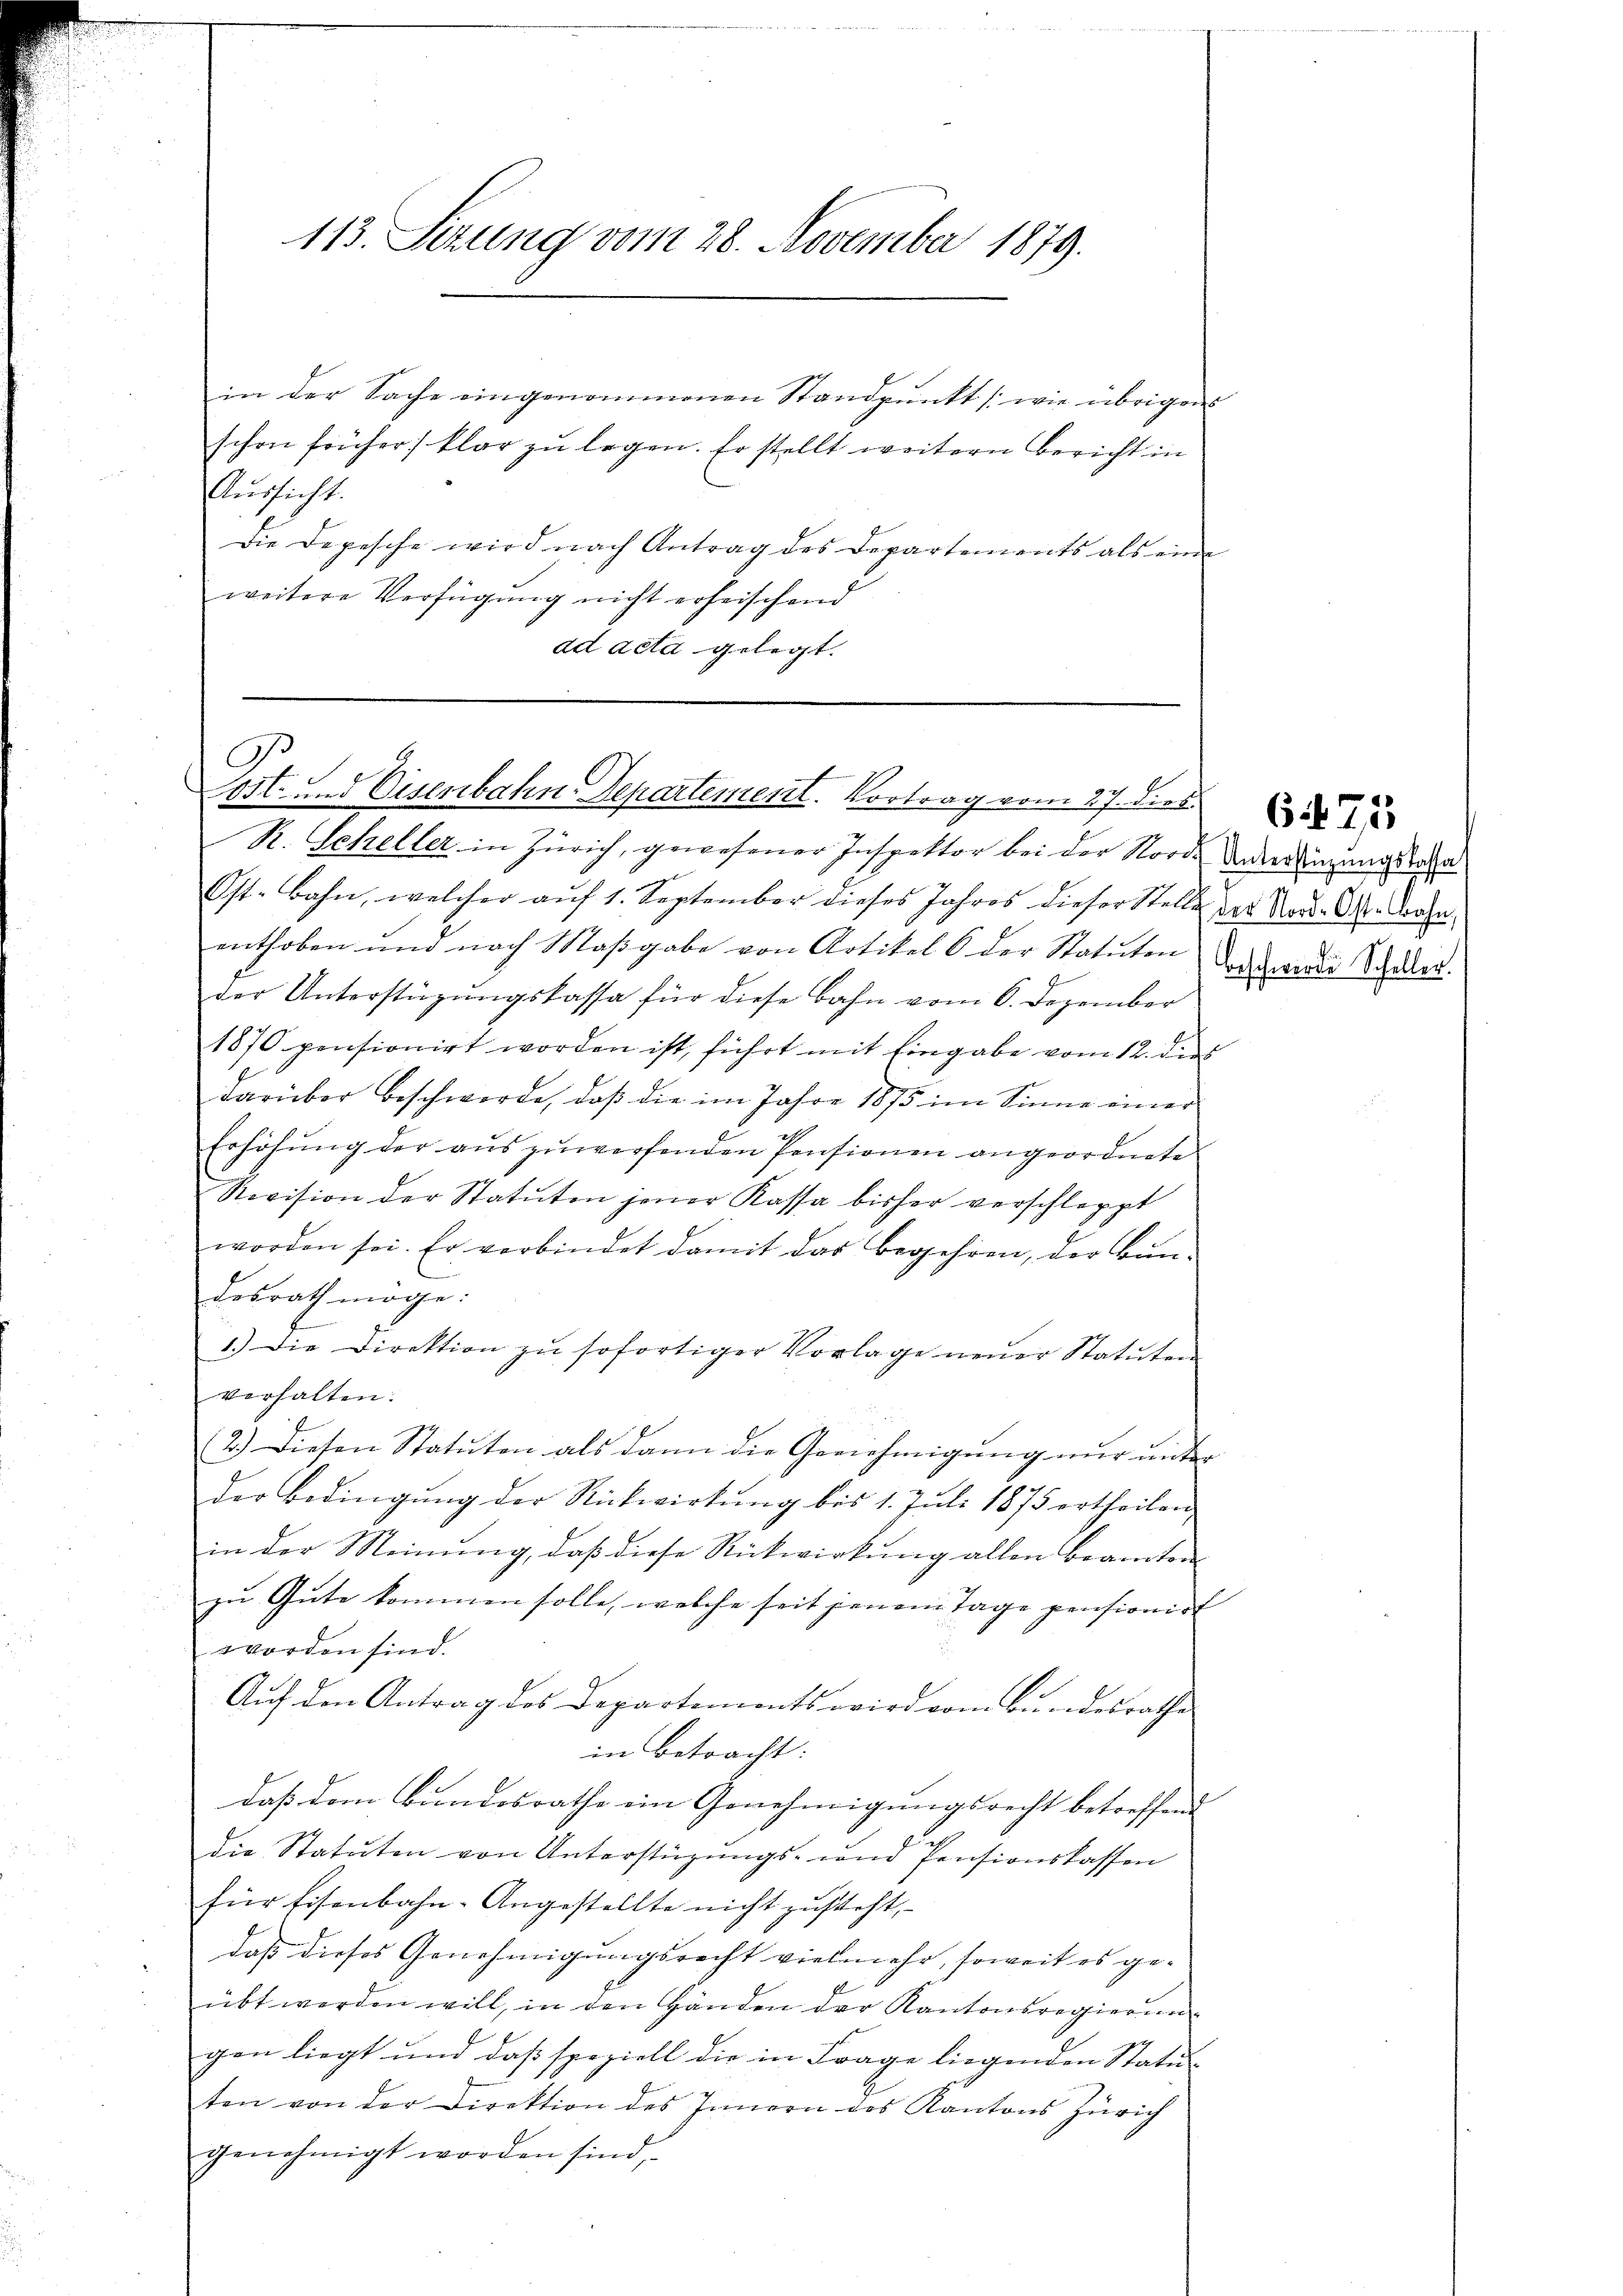
113. Sizung vom 28. November 1879.

in der Sache eingenommenen Standpunkt (wie übrigen
schon früher klar zu legen. Er stellt weitern Bericht in
Aŭssicht.
Die Depesche wird nach Antrag des Departements als eine
weitere Verfügung nicht erheischend
ad acta gelegt.

.
g
Cost- und Eisenbahn-Departement. Vortrag vom 17. dies

R. Scheller, in Zürich, gewesener Inspektor bei der Norde Unterlingungsra
Ost. Bahn, welcher aŭf 1. September dieses Jahres dieser Stelle des Nadd. A. Derse
enthoben und nach Maβgabe von Artikel 6 der Statuten
der Unterstützŭngskassa für diese Bahn vom 6. Dezember
1870 pensionirt worden ist, führt mit Eingabe vom 12. dies
darüber beschwerde, daβ die im Jahre 1875 im Sinne einer
Erhöhŭng der aŭszŭwerfenden Pensionen angeordnete
Revision der Statuten jener Kassa bisher verschleppt
worden sei. Er verbindet damit das Begehren, der Bŭn-
desrath möge:
1.) Die Direktion zu sofortiger Vorlage neuer Statuten
verhalten.
2.) Diesen Statuten als dann die Genehmigung nur unter
der Bedingŭng der Rückwirtŭng bis 1. Jŭli 1875 ertheilen,
in der Meinung, daß diese Rückwirkung allen Beamten
zu Gute kommen solle, welche seit jenem Tage pensionirt
worden sind.
Auf den Antrag des Departements wird vom Bundesrathe
in betracht:
daß dem Bundesrathe ein Genehmigungsrecht betreffend
die Statuten von Unterstüzungs- und Pensionskassen
für Eisenbahn-Angestellte nicht zusteht,
daß dieses Genehmigungsrecht vielmehr, soweit es geübt werden will, in den Händen der Kantonsregierung
gen liegt und das speziell die in Frage liegenden Statut
ten von der Direktion des Innern des Kantons Zürich
genehmigt worden sind,

beschwerde Scheller.

6471